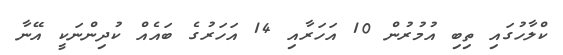
ކްލާހުގައި ތިބި އުމުރުން 10 އަހަރާއި 14 އަހަރުގެ ބައެއް ކުދިންނަކީ އޭނާ